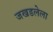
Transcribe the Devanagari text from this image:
जखडलेला